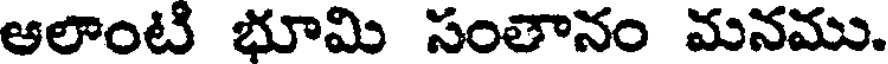
ఆలాంటి భూమి సంతానం మనము.